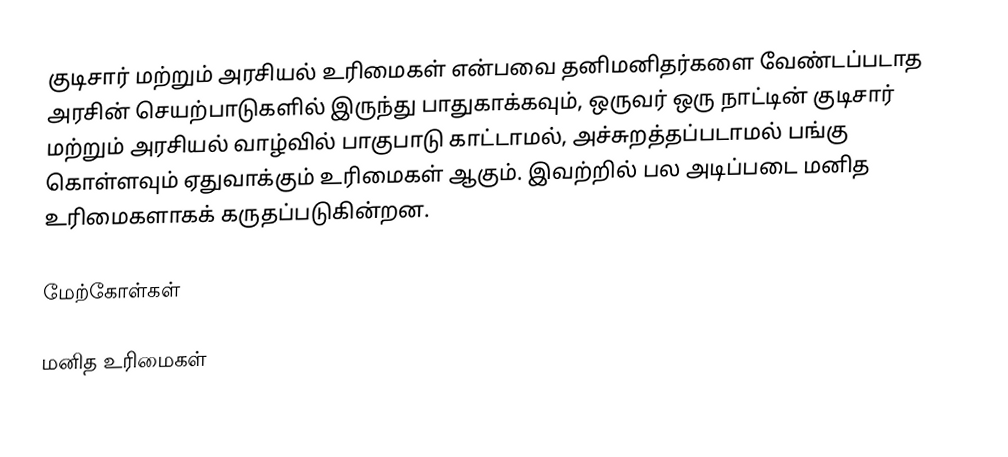
குடிசார் மற்றும் அரசியல் உரிமைகள் என்பவை தனிமனிதர்களை வேண்டப்படாத அரசின் செயற்பாடுகளில் இருந்து பாதுகாக்கவும், ஒருவர் ஒரு நாட்டின் குடிசார் மற்றும் அரசியல் வாழ்வில் பாகுபாடு காட்டாமல், அச்சுறத்தப்படாமல் பங்கு கொள்ளவும் ஏதுவாக்கும் உரிமைகள் ஆகும். இவற்றில் பல அடிப்படை மனித உரிமைகளாகக் கருதப்படுகின்றன.

மேற்கோள்கள்

மனித உரிமைகள்